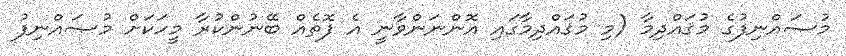
މުޞައްނިފުގެ މުޤައްދިމާ (މި މުޤައްދިމާގައި އޮންނަންވާނީ އެ ފޮތެއް ބޭނުންކުރާ މީހަކަށް މުޞައްނިފު